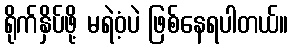
ရိုက်နှိပ်ဖို့ မရဲဝံ့ပဲ ဖြစ်နေရပါတယ်။